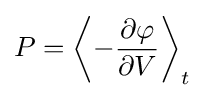
P=\left\langle -{\frac {\partial \varphi }{\partial V}}\right\rangle _{t}